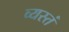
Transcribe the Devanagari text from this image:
व्यस्तं